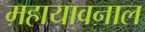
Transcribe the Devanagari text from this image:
महायावनाल